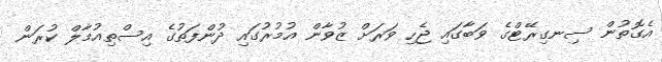
އެގޮތުން ސިނގިރޭޓްގެ ވަބާގައި ޖެހި ވަރަށް ޒުވާން އުމުރުގައި ދުންފަތުގެ އިސްތިއުމާލް ކުރަން